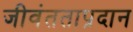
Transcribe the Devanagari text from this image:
जीवंतताप्रदान